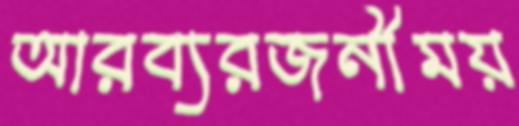
আরব্যরজনীময়